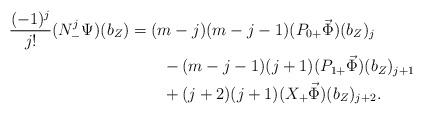
LaTeX: \begin{align*} \frac{(-1)^j}{j!}(N_-^j\Psi)(b_Z)&=(m-j)(m-j-1)(P_{0+}\vec\Phi)(b_Z)_j\\ &\qquad-(m-j-1)(j+1)(P_{1+}\vec\Phi)(b_Z)_{j+1}\\ &\qquad+(j+2)(j+1)(X_+\vec\Phi)(b_Z)_{j+2}.\end{align*}